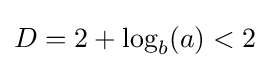
{\textstyle D=2+\log _{b}(a)<2}